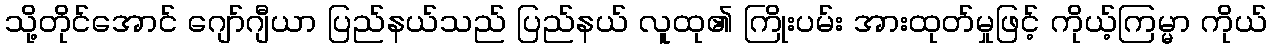
သို့တိုင်အောင် ဂျော်ဂျီယာ ပြည်နယ်သည် ပြည်နယ် လူထု၏ ကြိုးပမ်း အားထုတ်မှုဖြင့် ကိုယ့်ကြမ္မာ ကိုယ်